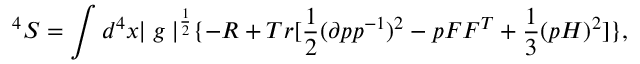
^ 4 S = \int d ^ { 4 } x { \mid g \mid } ^ { \frac { 1 } { 2 } } \{ - R + T r [ \frac { 1 } { 2 } ( \partial p p ^ { - 1 } ) ^ { 2 } - p F F ^ { T } + \frac { 1 } { 3 } ( p H ) ^ { 2 } ] \} ,